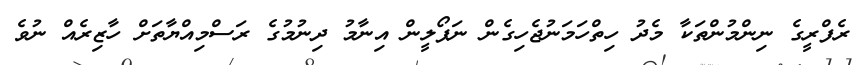
ރެފްރީގެ ނިންމުންތަކާ މެދު ހިތްހަމަނުޖެހިގެން ނަޕޯލީން އިނާމު ދިނުމުގެ ރަސްމިއްޔާތަށް ހާޒިރެއް ނުވެ